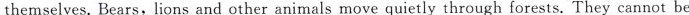
themselves. Bears,lions and other animals move quietly through forests. They cannot be